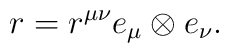
r=r^{\mu\nu}e_\mu \otimes e_\nu .